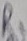
Text: R1